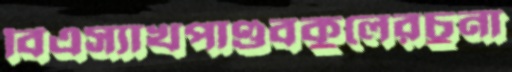
বিএস্যাখপাণ্ডবকুলেরচুনা